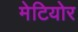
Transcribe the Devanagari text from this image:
मेटियोर